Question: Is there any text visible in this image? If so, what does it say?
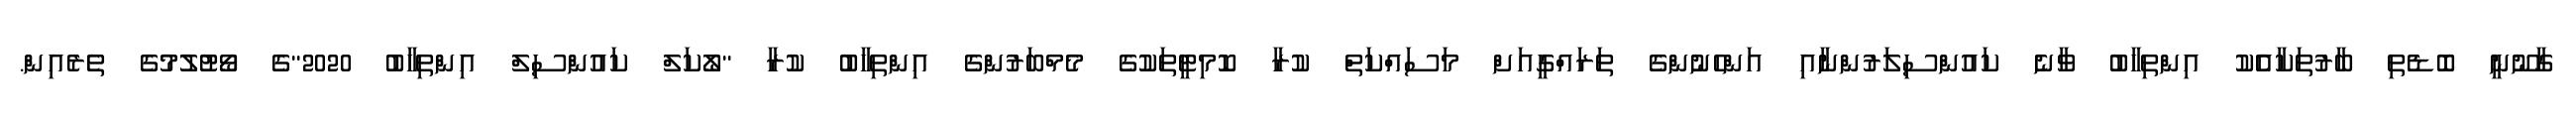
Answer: ގާނޫނީ ބޮޑެތި ބާރުތަކާއެެކު އިންތިހާބު ވާނެ ކައުންސިލަރުންނާއި އަންހެނުންގެ ތަރައްގީއަށް މަސައްކަތް ކުރާ ކޮމިޓީތަކުގެ މެމްބަރުންގެ އިންތިހާބު ކުރާ "ލޯކަލް ކައުންސިލް އިންތިހާބު 2020"ގެ ވޯޓުލުމުގެ ތެރެއިން.